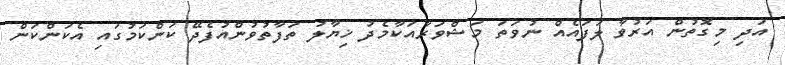
އަދި މިގޮތުން އަރުވާ ލަފައެއް ނުވަތަ މަޝްވަރާއަކާމެދު ޚިޔާލު ތަފާތުވުންއުފެދޭ ކަންކަމުގައި އެކަންކަން